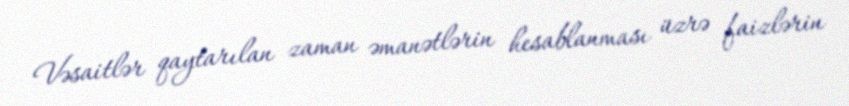
Vəsaitlər qaytarılan zaman əmanətlərin hesablanması üzrə faizlərin